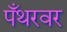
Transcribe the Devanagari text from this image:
पँथरवर